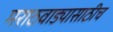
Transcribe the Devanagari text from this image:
मराठवाड्यासाठीच